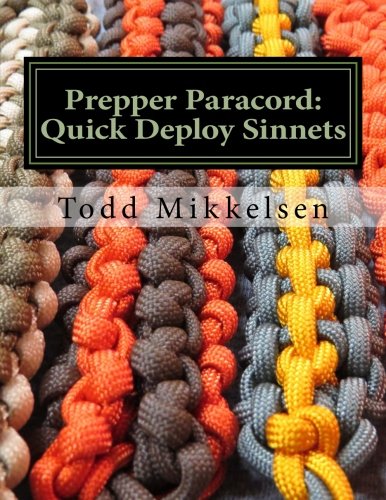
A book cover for Prepper Paracord: Quick Deploy Sinnets; Mr. Todd Mikkelsen; Crafts, Hobbies & Home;